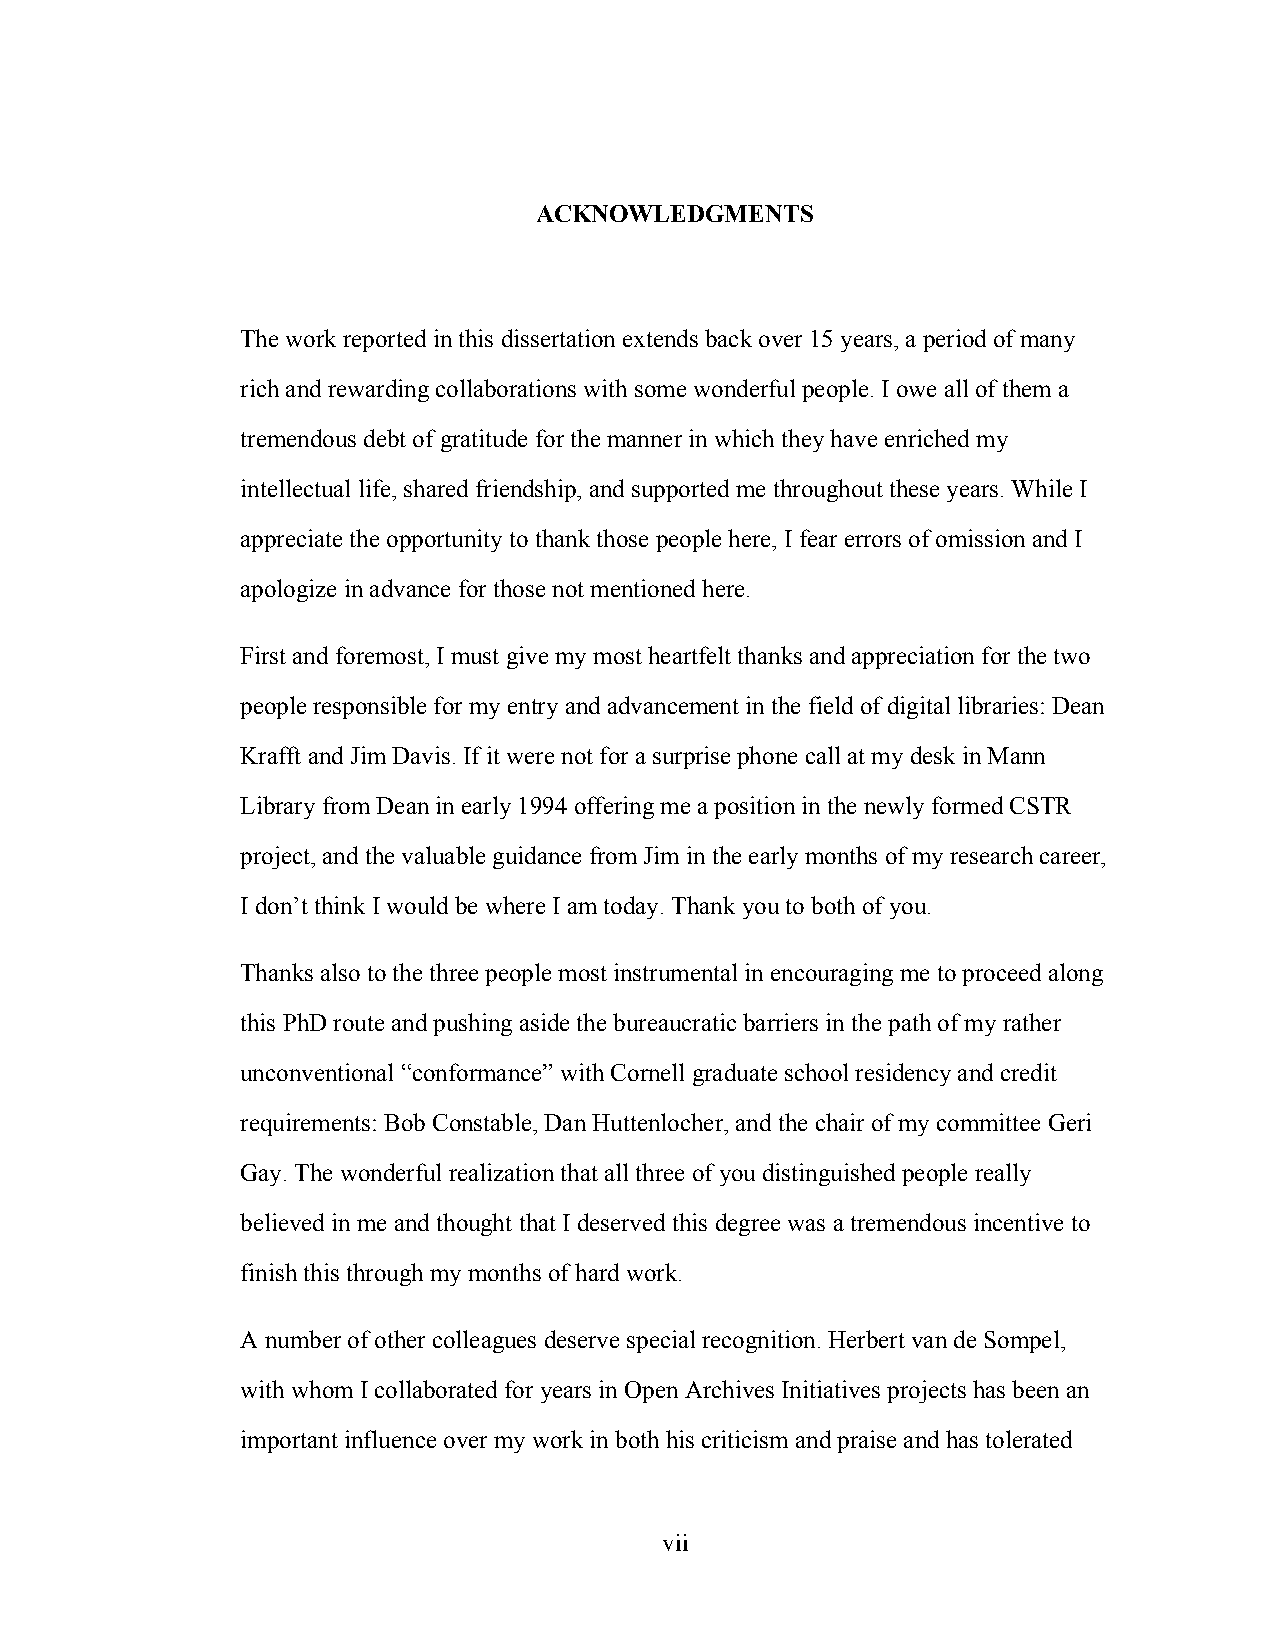
ACKNOWLEDGMENTS
 The work reported in this dissertation extends back over 15 years, a period of many
 rich and rewarding collaborations with some wonderful people. I owe all of them a
 tremendous debt of gratitude for the manner in which they have enriched my
 intellectual life, shared friendship, and supported me throughout these years. While I
 appreciate the opportunity to thank those people here, I fear errors of omission and I
 apologize in advance for those not mentioned here.
 First and foremost, I must give my most heartfelt thanks and appreciation for the two
 people responsible for my entry and advancement in the field of digital libraries: Dean
 Krafft and Jim Davis. If it were not for a surprise phone call at my desk in Mann
 Library from Dean in early 1994 offering me a position in the newly formed CSTR
 project, and the valuable guidance from Jim in the early months of my research career,
 I don’t think I would be where I am today. Thank you to both of you.
 Thanks also to the three people most instrumental in encouraging me to proceed along
 this PhD route and pushing aside the bureaucratic barriers in the path of my rather
 unconventional “conformance” with Cornell graduate school residency and credit
 requirements: Bob Constable, Dan Huttenlocher, and the chair of my committee Geri
 Gay. The wonderful realization that all three of you distinguished people really
 believed in me and thought that I deserved this degree was a tremendous incentive to
 finish this through my months of hard work.
 A number of other colleagues deserve special recognition. Herbert van de Sompel,
 with whom I collaborated for years in Open Archives Initiatives projects has been an
 important influence over my work in both his criticism and praise and has tolerated
 vii